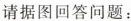
请据图回答问题：